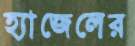
হ্যাজেলের